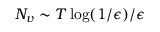
N _ { v } \sim T \log ( 1 / \epsilon ) / \epsilon